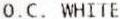
O.C. WHITE